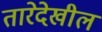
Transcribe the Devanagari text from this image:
तारेदेखील